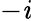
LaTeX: -\mathit{i}